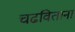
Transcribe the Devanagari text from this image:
चढविताना